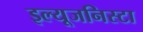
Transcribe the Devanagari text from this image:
इल्‍यूजनिस्‍टा